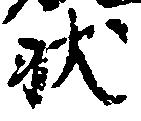
状